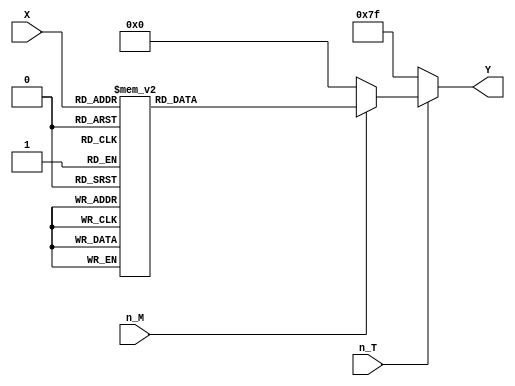
module vote1(n_T,n_M,X,Y);
	input n_T,n_M;
	input [3:0] X;
	output[6:0] Y;
	reg[6:0] Y;
		always @(n_T or n_M or X)
			if(!n_T)Y = 7'b111_1111;
		else if(!n_M)Y = 7'b000_0000;
			else case(X)
			4'b0000:Y=7'b111_1110;
			4'b0001:Y=7'b011_0000;
			4'b0011:Y=7'b110_1101;
			4'b0010:Y=7'b111_1001;
			4'b0110:Y=7'b011_0011;
			4'b0111:Y=7'b101_1011;
			4'b0101:Y=7'b101_1111;
			4'b0100:Y=7'b111_0000;
			4'b1100:Y=7'b111_1111;
			4'b1000:Y=7'b111_1011;
			default:Y=7'b000_0000;
			endcase
endmodule